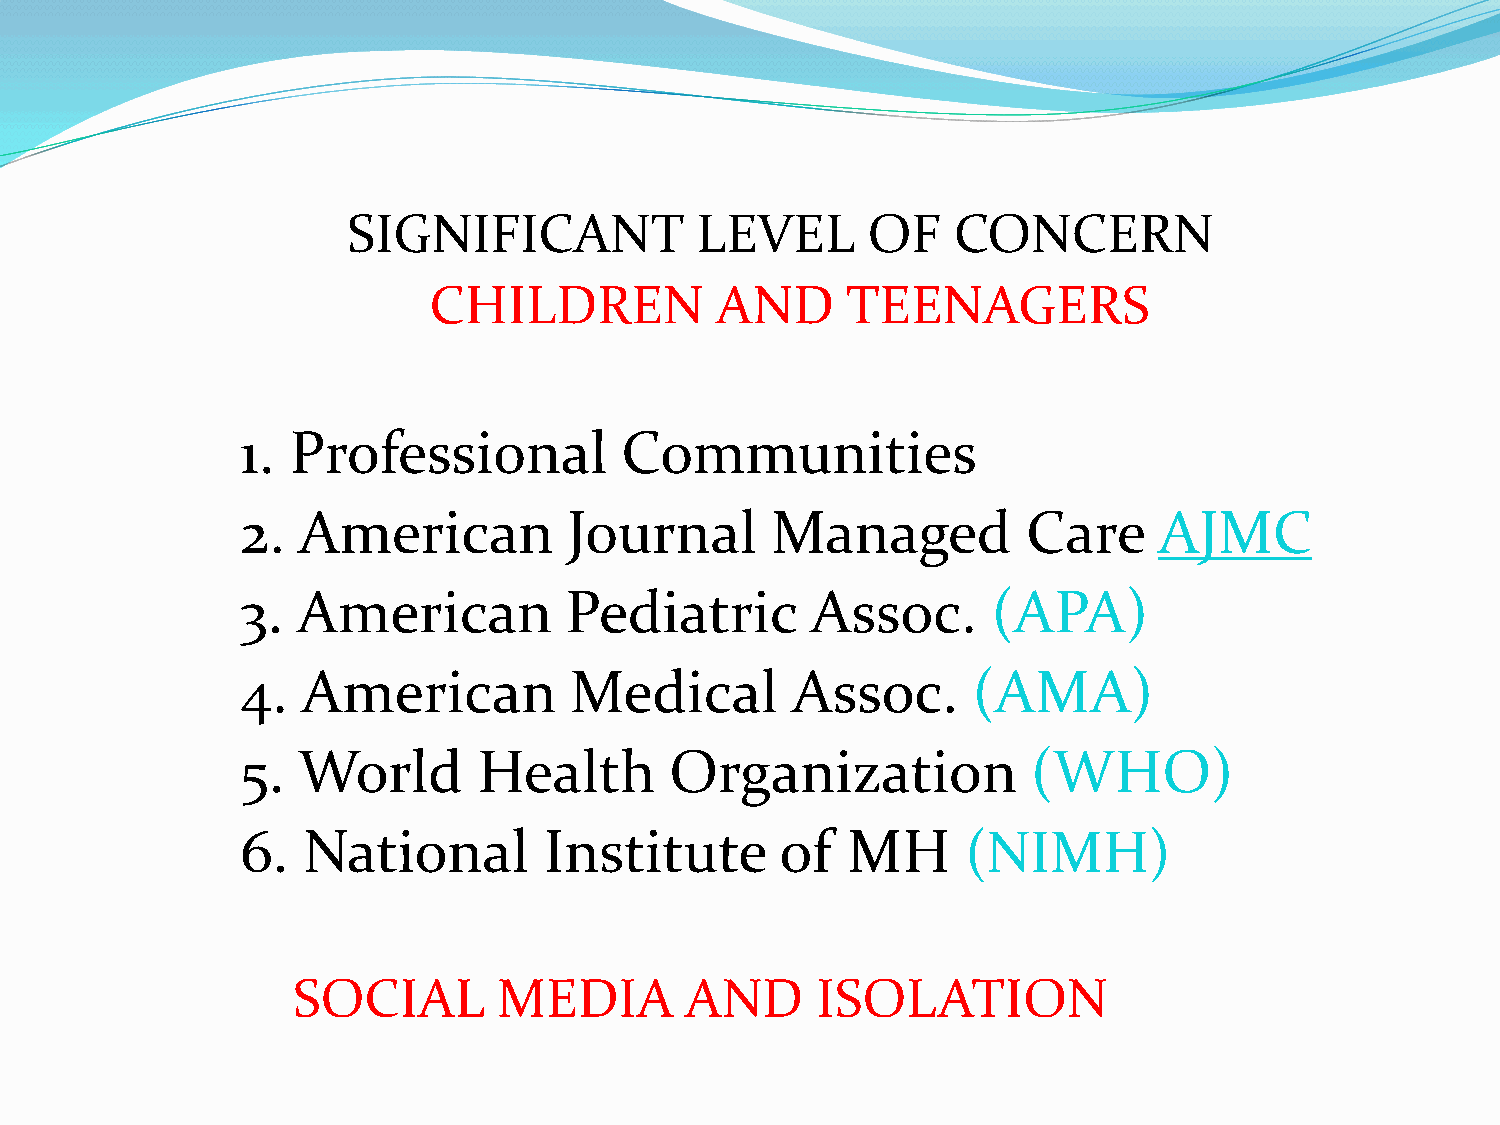
SIGNIFICANT            LEVEL      OF    CONCERN
 CHILDREN           AND      TEENAGERS
 1. Professional          Communities
 2.  American          Journal      Managed          Care     AJMC
 3.  American         Pediatric        Assoc.      (APA)
 4.  American          Medical       Assoc.      (AMA)
 5.  World       Health      Organization            (WHO)
 6.  National        Institute       of  MH      (NIMH)
 SOCIAL        MEDIA       AND      ISOLATION